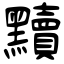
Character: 黷